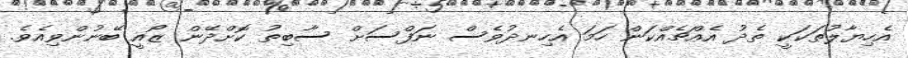
އެހިޔާލުތަކަކީ ތެދު އެއްޗެއްކަން ހަމަ އެހިނދުވެސް ނަފްސަށް ސާބިތު ކޮށްދޭން ޒޯއީ ބޭނުންވިއެވެ.